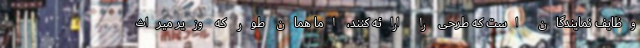
وظایف نمایندگان است که طرحی را ارائه کنند، اما همان طور که وزیر میراث